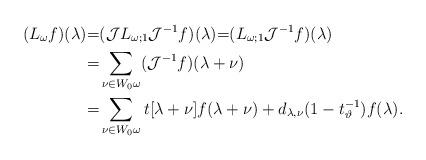
LaTeX: \begin{align*} (L_\omega f)(\lambda) {=}& (\mathcal{J} L_{\omega;1} \mathcal{J}^{-1}f) (\lambda) {=}( L_{\omega;1} \mathcal{J}^{-1}f)(\lambda) \\{=}& \sum_{\nu\in W_0\omega} ( \mathcal{J}^{-1}f)(\lambda + \nu)\\{=}&\sum_{\nu\in W_0\omega} t[\lambda + \nu] f(\lambda + \nu)+d_{\lambda,\nu}(1-t^{-1}_{\vartheta}) f(\lambda) .\end{align*}